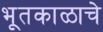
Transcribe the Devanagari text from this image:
भूतकाळाचे